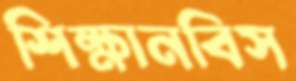
শিক্ষানবিস